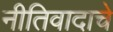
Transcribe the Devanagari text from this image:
नीतिवादाचे